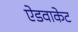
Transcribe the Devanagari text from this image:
ऐडवाकेट